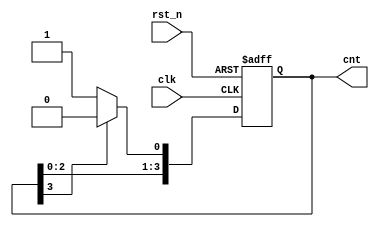
//Johnson
module counter_john(
    input clk,rst_n,
    output reg [3:0] cnt
);

    always@(posedge clk or negedge rst_n)begin
        if(!rst_n)
            cnt<=0;
        else if(cnt[3])
            cnt<=cnt<<1;
        else
            cnt<={cnt[2:0],1'b1};
    end

endmodule